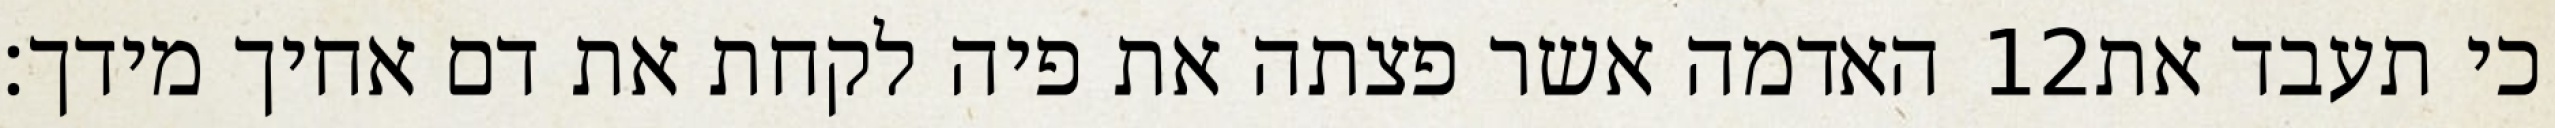
האדמה אשר פצתה את פיה לקחת את דם אחיך מידך׃ ‎12‏ כי תעבד את